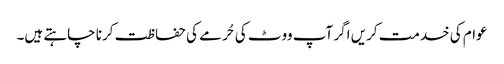
عوام کی خدمت کریں اگر آپ ووٹ کی حُرمے کی حفاظت کرنا چاہتے ہیں۔